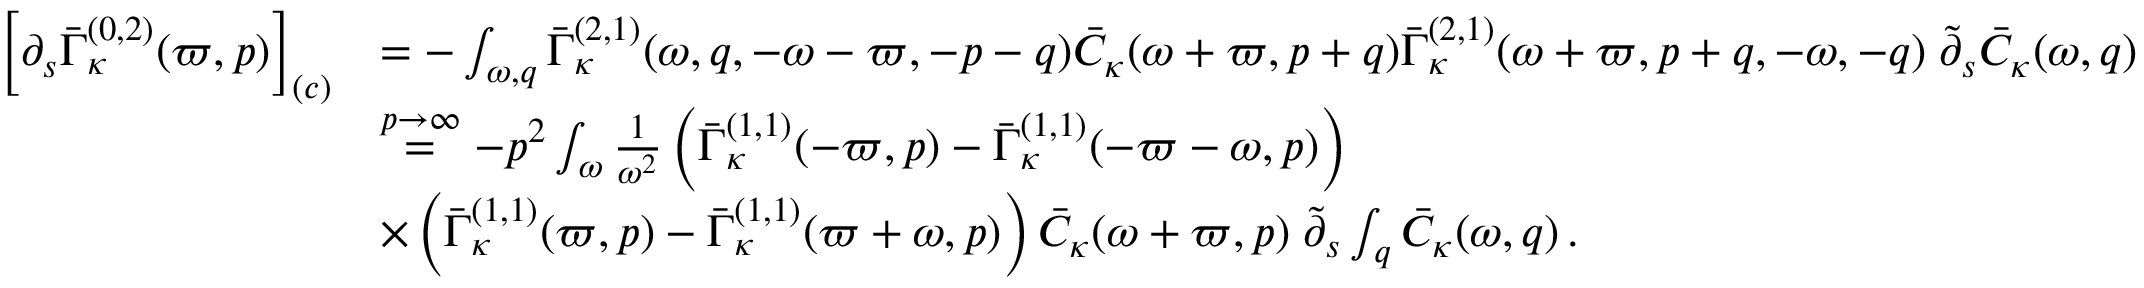
\begin{array} { r l } { \left[ \partial _ { s } \bar { \Gamma } _ { \kappa } ^ { ( 0 , 2 ) } ( \varpi , p ) \right] _ { ( c ) } } & { = - \int _ { \omega , q } \bar { \Gamma } _ { \kappa } ^ { ( 2 , 1 ) } ( \omega , q , - \omega - \varpi , - p - q ) \bar { C } _ { \kappa } ( \omega + \varpi , p + q ) \bar { \Gamma } _ { \kappa } ^ { ( 2 , 1 ) } ( \omega + \varpi , p + q , - \omega , - q ) \; \tilde { \partial } _ { s } \bar { C } _ { \kappa } ( \omega , q ) } \\ & { \stackrel { p \to \infty } { = } - p ^ { 2 } \int _ { \omega } \frac 1 { \omega ^ { 2 } } \left( \bar { \Gamma } _ { \kappa } ^ { ( 1 , 1 ) } ( - \varpi , p ) - \bar { \Gamma } _ { \kappa } ^ { ( 1 , 1 ) } ( - \varpi - \omega , p ) \right) } \\ & { \times \left( \bar { \Gamma } _ { \kappa } ^ { ( 1 , 1 ) } ( \varpi , p ) - \bar { \Gamma } _ { \kappa } ^ { ( 1 , 1 ) } ( \varpi + \omega , p ) \right) \bar { C } _ { \kappa } ( \omega + \varpi , p ) \; \tilde { \partial } _ { s } \int _ { q } \bar { C } _ { \kappa } ( \omega , q ) \, . } \end{array}